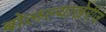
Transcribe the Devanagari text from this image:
बोलल्याखेरीज